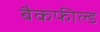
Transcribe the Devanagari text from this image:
बैकफील्ड